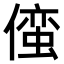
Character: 𫣢